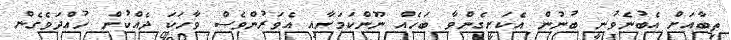
ތިބާއަށް އެބުނެވުނީ ބުނުން އެކަށީގެންވާ ބަހެއް ނޫންކަމަށާއި އެވަރުންވެސް ވާހަކަ ދެއްކުން ހުއްދަވެގެން